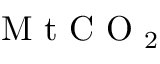
\mathrm { ~ M ~ t ~ C ~ O ~ } _ { 2 }